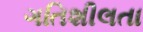
ગતિશીલતા